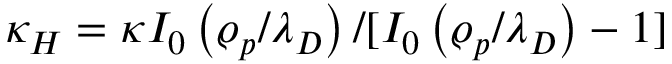
\kappa _ { H } = \kappa I _ { 0 } \left( \varrho _ { p } / \lambda _ { D } \right) / [ I _ { 0 } \left( \varrho _ { p } / \lambda _ { D } \right) - 1 ]